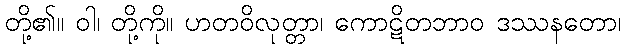
တို့၏။ ဝါ၊ တို့ကို။ ဟတဝိလုတ္တာ၊ ကောဋိတဘာဝ ဒဿနတော၊